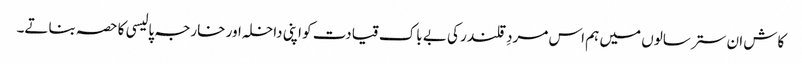
کاش ان ستر سالوں میں ہم اس مردِ قلندر کی بے باک قیادت کو اپنی داخلہ اور خارجہ پالیسی کا حصہ بناتے۔